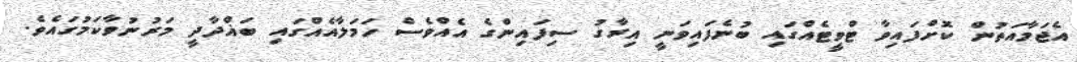
އެޖަމާއަތުން ކޮށްފައިވާ ޓްވީޓެއްގައި ބުނެފައިވަނީ އިރާގު ސިފައިންގެ އެއްވެސް ހަމަލާއެއްގައި ބަޣްދާދީ މަރުނުވާކަމުގައެވެ.